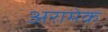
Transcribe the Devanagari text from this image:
अरामेक